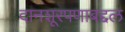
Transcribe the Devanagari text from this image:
दानशूरपणाबद्दल